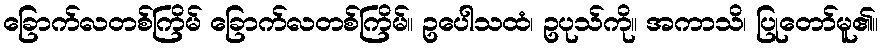
ခြောက်လတစ်ကြိမ် ခြောက်လတစ်ကြိမ်။ ဥပေါသထံ၊ ဥပုသ်ကို။ အကာသိ၊ ပြုတော်မူ၏။